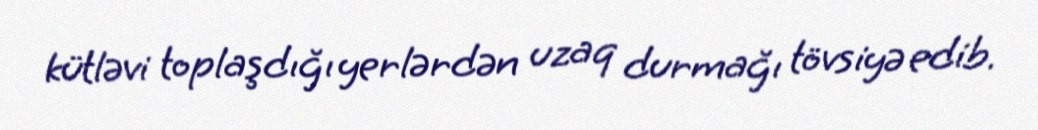
kütləvi toplaşdığı yerlərdən uzaq durmağı tövsiyə edib.